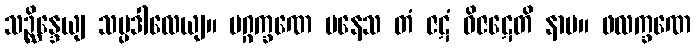
သဉ္ဆိန္ဒေယျ သမ္ပဒါလေယျ။ မဂ္ဂက္ခဏေ ပနေသ တံ ဇဋံ ဝိဇဋေတိ နာမ။ ဖလက္ခဏေ